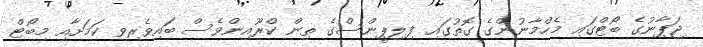
ޖަޕާނުގެ ބޯޓްގައި މެހްމާނުންގެ ގޮތުގައި ފިލިޕީންސްގެ ތިން ކްރޫއިންވެސް ބައިވެރިވި ކަމަށާއި މިބޯޓް